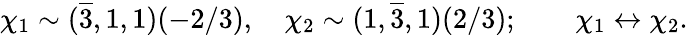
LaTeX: \chi_{1}\sim(\overline{{{3}}},1,1)(-2/3),\quad\chi_{2}\sim(1,\overline{{{3}}},1)(2/3);\qquad\chi_{1}\leftrightarrow\chi_{2}.